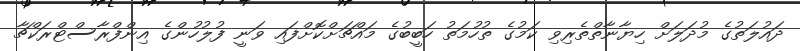
ދައުލަތުގެ މުދަލަށް ހިޔާނާތްތެރިވި ކަމުގެ ތުހުމަތު ހަބީބުގެ މައްޗަށްކޮށްފައި ވަނީ ފުލުހުންގެ އިންފްރާސްޓްރަކްޗާ